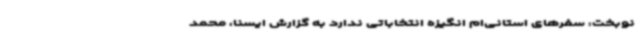
نوبخت: سفرهای استانی‌ام انگیزه انتخاباتی ندارد به گزارش ایسنا، محمد